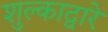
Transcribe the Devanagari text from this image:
शुल्काद्वारे